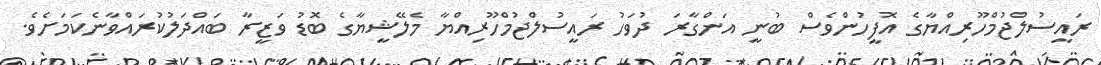
ރައީސުލްޖުމްހޫރިއްޔާގެ އޮފީހުންވެސް ބުނީ އަންގާރަ ދުވަހު ރައީސުލްޖުމްހޫރިއްޔާ މެލޭޝީޔާގެ ބޮޑު ވަޒީރާ ބައްދަލުކުރައްވާނެކަމަށެވެ.